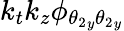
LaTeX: k_{t}k_{z}\phi_{{\theta_{2}}_{y}{\theta_{2}}_{y}}